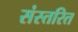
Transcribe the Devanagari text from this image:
संस्तरित